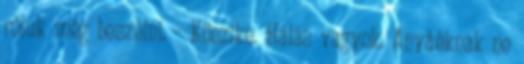
róluk még beszélni. - Köszike. Hálás vagyok. Anyáéknak ne